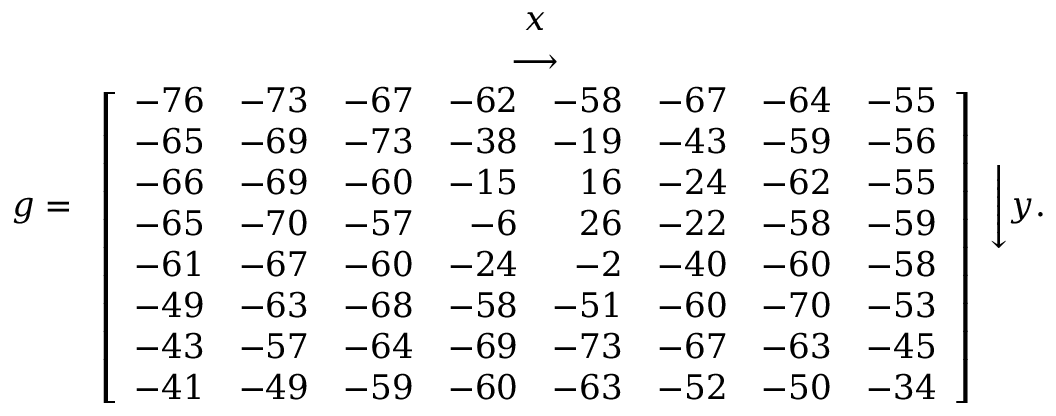
g = { \begin{array} { c } { x } \\ { \longrightarrow } \\ { \left[ { \begin{array} { r r r r r r r r } { - 7 6 } & { - 7 3 } & { - 6 7 } & { - 6 2 } & { - 5 8 } & { - 6 7 } & { - 6 4 } & { - 5 5 } \\ { - 6 5 } & { - 6 9 } & { - 7 3 } & { - 3 8 } & { - 1 9 } & { - 4 3 } & { - 5 9 } & { - 5 6 } \\ { - 6 6 } & { - 6 9 } & { - 6 0 } & { - 1 5 } & { 1 6 } & { - 2 4 } & { - 6 2 } & { - 5 5 } \\ { - 6 5 } & { - 7 0 } & { - 5 7 } & { - 6 } & { 2 6 } & { - 2 2 } & { - 5 8 } & { - 5 9 } \\ { - 6 1 } & { - 6 7 } & { - 6 0 } & { - 2 4 } & { - 2 } & { - 4 0 } & { - 6 0 } & { - 5 8 } \\ { - 4 9 } & { - 6 3 } & { - 6 8 } & { - 5 8 } & { - 5 1 } & { - 6 0 } & { - 7 0 } & { - 5 3 } \\ { - 4 3 } & { - 5 7 } & { - 6 4 } & { - 6 9 } & { - 7 3 } & { - 6 7 } & { - 6 3 } & { - 4 5 } \\ { - 4 1 } & { - 4 9 } & { - 5 9 } & { - 6 0 } & { - 6 3 } & { - 5 2 } & { - 5 0 } & { - 3 4 } \end{array} } \right] } \end{array} } { \Bigg \downarrow } y .